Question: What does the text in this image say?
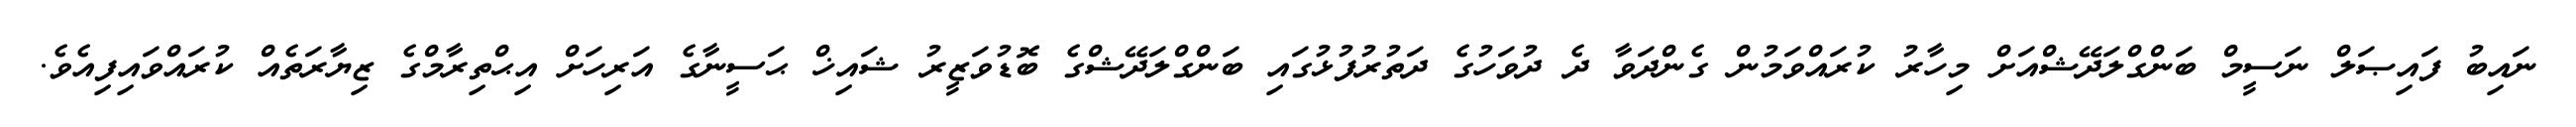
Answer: ނައިބު ފައިޞަލް ނަސީމް ބަންގްލަދޭޝްއަށް މިހާރު ކުރައްވަމުން ގެންދަވާ ދެ ދުވަހުގެ ދަތުރުފުޅުގައި ބަންގްލަދޭޝްގެ ބޮޑުވަޒީރު ޝައިޚް ޙަސީނާގެ އަރިހަށް އިޙްތިރާމްގެ ޒިޔާރަތެއް ކުރައްވައިފިއެވެ.